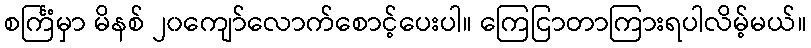
စင်္ကြံမှာ မိနစ် ၂၀ကျော်လောက်စောင့်ပေးပါ။ ကြေငြာတာကြားရပါလိမ့်မယ်။